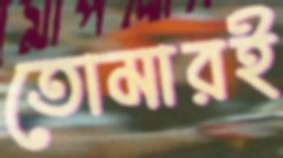
তোমারই